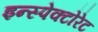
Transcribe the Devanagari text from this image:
इन्स्पेक्टोरेट